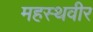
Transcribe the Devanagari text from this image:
महस्थवीर